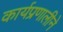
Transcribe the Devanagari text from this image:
कार्यप्रणालीने